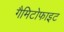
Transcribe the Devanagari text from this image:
गैमिटोफाइट